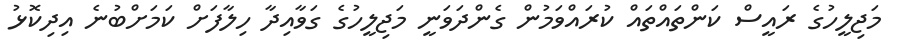
މަޖިލީހުގެ ރައީސް ކަންތައްތައް ކުރައްވަމުން ގެންދަވަނީ މަޖިލީހުގެ ގަވާއިދާ ހިލާފަށް ކަމަށްބުނެ އިދިކޮޅު